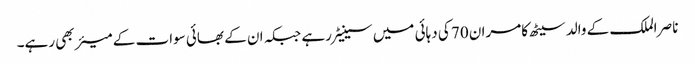
ناصر الملک کے والد سیٹھ کامران 70 کی دہائی میں سینیٹر رہے جبکہ ان کے بھائی سوات کے میئر بھی رہے۔